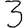
Digit: 3